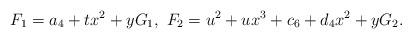
LaTeX: \begin{align*}F_1 = a_4 + t x^2 + y G_1, \ F_2 = u^2 + u x^3 + c_6 + d_4 x^2 + y G_2.\end{align*}